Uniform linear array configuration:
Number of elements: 16
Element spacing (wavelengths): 0.75
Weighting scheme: binomial
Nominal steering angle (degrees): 0
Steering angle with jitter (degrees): -1.089
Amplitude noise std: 0.05
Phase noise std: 0.05

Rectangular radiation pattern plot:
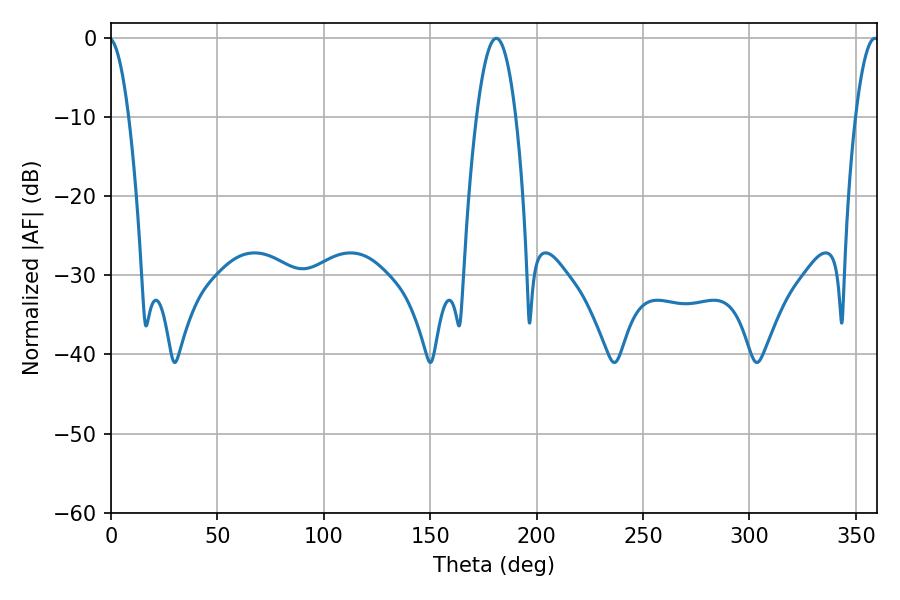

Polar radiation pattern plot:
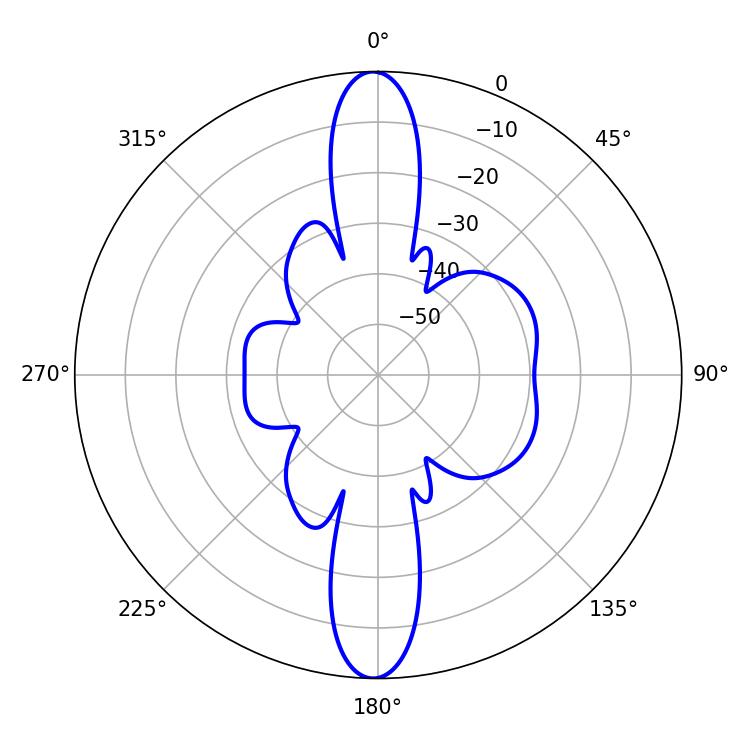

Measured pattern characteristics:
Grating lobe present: TRUE
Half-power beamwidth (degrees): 6.12
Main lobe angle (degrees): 358.92